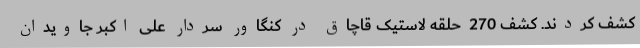
کشف کردند. کشف 270  حلقه لاستیک قاچاق در کنگاور سردار علی اکبر جاویدان